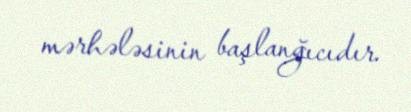
mərhələsinin başlanğıcıdır.